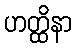
ဟတ္ထိနာ